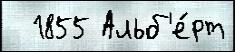
  1855 Альб'е́рт